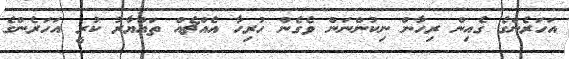
އަހަރެންގެ ގެއިން ރިހާން ނިކުންނަން ވެގެން ހުރިހާ އެއްޗެއް ތައްޔާރު ކުރީ އަހަރެންގެ